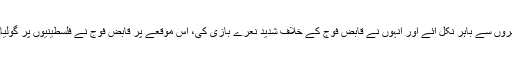
قلقیلیہ میں جمعرات کے روز اسرائیلی فوج کی چھاپہ مار کارروائیوں کے خلاف فلسطینی شہری گھروں سے باہر نکل آئے اور انہوں نے قابض فوج کے خلاف شدید نعرے بازی کی، اس موقعے پر قابض فوج نے فلسطینیوں پر گولیاں چلائیں جس کے نتیجے میں ایک انیس سالہ فلسطینی ٹانگ میں گولی لگنے سے شدید زخمی ہوگیا۔